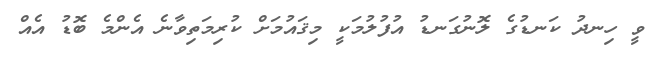
ވީ ހިނދު ކަނޑުގެ ލޮނުގަނޑު އުފުލުމަކީ މިޤައުމަށް ކުރިމަތިވާނެ އެންމެ ބޮޑު އެއް